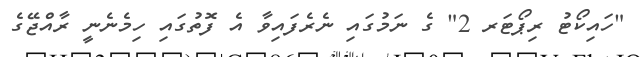
"ހައިކޯޓު ރިޕޯޓަރ 2" ގެ ނަމުގައި ނެރެފައިވާ އެ ފޮތުގައި ހިމެނެނީ ރާއްޖޭގެ